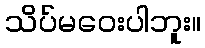
သိပ်မဝေးပါဘူး။